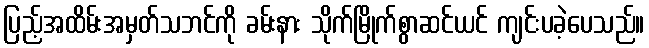
ပြည့်အထိမ်းအမှတ်သဘင်ကို ခမ်းနား သိုက်မြိုက်စွာဆင်ယင် ကျင်းပခဲ့ပေသည်။